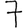
Digit: 7